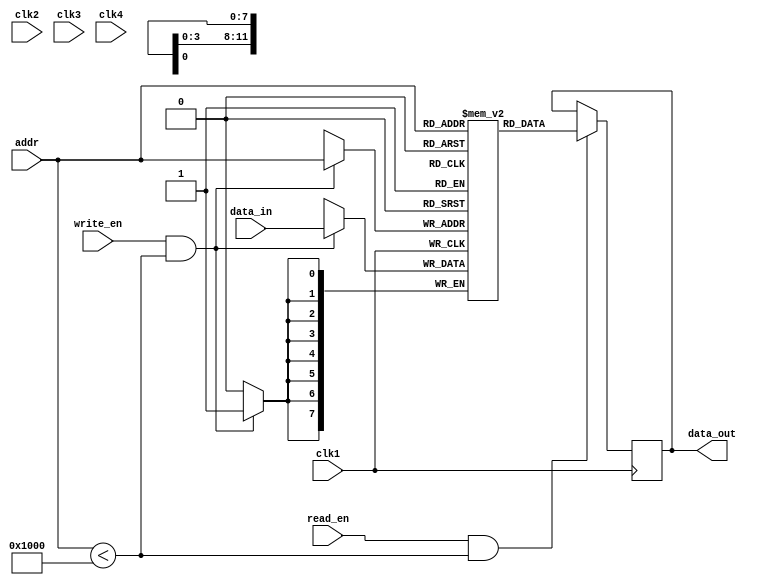
module QDR_SRAM (
    input wire clk1,
    input wire clk2,
    input wire clk3,
    input wire clk4,
    input wire [11:0] addr,
    input wire [7:0] data_in,
    output wire [7:0] data_out,
    input wire read_en,
    input wire write_en
);

reg [7:0] mem_block1 [0:4095]; // Memory block 1
reg [7:0] mem_block2 [0:4095]; // Memory block 2
reg [7:0] mem_block3 [0:4095]; // Memory block 3
reg [7:0] mem_block4 [0:4095]; // Memory block 4

always @(posedge clk1) begin
    if(read_en && (addr < 4096)) begin
        data_out <= mem_block1[addr];
    end
    if(write_en && (addr < 4096)) begin
        mem_block1[addr] <= data_in;
    end
end

always @(posedge clk2) begin
    // Implement similar logic for memory block 2
end

always @(posedge clk3) begin
    // Implement similar logic for memory block 3
end

always @(posedge clk4) begin
    // Implement similar logic for memory block 4
end

endmodule